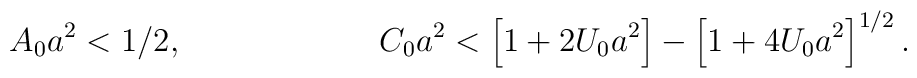
A_0a^2 < 1/2, ~~~~~~~~~~~~~~~~~~C_0a^2 < \left[1+2U_0a^2\right] - \left[1 +4U_0a^2\right]^{1/2}.